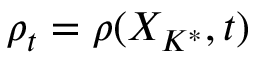
\rho _ { t } = \rho ( X _ { K ^ { * } } , t )